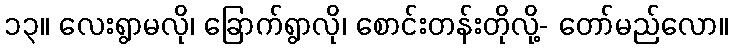
၁၃။ လေးရွာမလို၊ ခြောက်ရွာလို၊ စောင်းတန်းတိုလို့- တော်မည်လော။